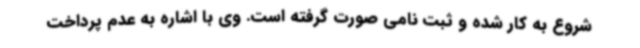
شروع به کار شده و ثبت نامی صورت گرفته است. وی با اشاره به عدم پرداخت